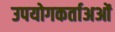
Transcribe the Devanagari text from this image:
उपयोगकर्ताअओं